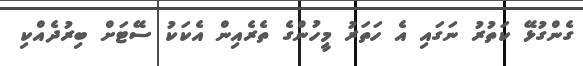
ގެންގުޅޭ ކަތުރު ނަގައި އެ ހަތަރު މީހުންގެ ތެރެެއިން އެކަކު ސޭޓަށް ބިރުދެއްކި